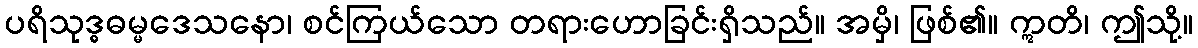
ပရိသုဒ္ဓဓမ္မဒေသနော၊ စင်ကြယ်သော တရားဟောခြင်းရှိသည်။ အမှိ၊ ဖြစ်၏။ ဣတိ၊ ဤသို့။